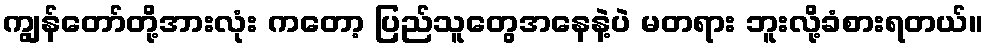
ကျွန်တော်တို့အားလုံး ကတော့ ပြည်သူတွေအနေနဲ့ပဲ မတရား ဘူးလို့ခံစားရတယ်။